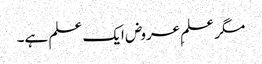
مگر علمِ عروض ایک علم ہے۔